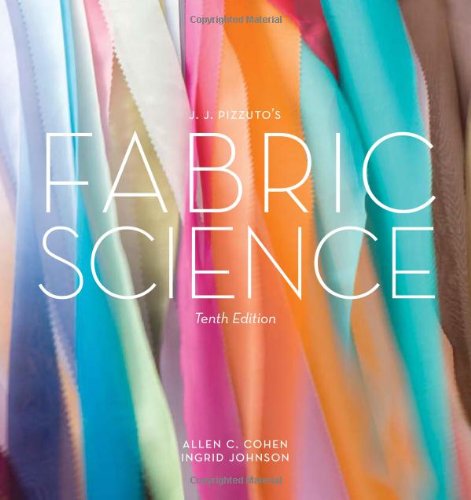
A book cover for JJ Pizzuto's Fabric Science 10th Edition; Allen C. Cohen; Arts & Photography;